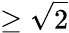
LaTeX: \geq\sqrt{2}